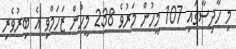
މި ހާދިސާގައި 107 މީހުން މަރުވެ 238 މީހުން ޒަހަމްވި އެ ބިރުވެރި